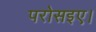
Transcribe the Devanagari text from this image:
परोसइए।